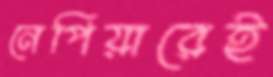
নেপিয়ারেই